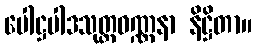
ပေါဋ္ဌပါဒသုတ္တဝဏ္ဏနာ နိဋ္ဌိတာ။